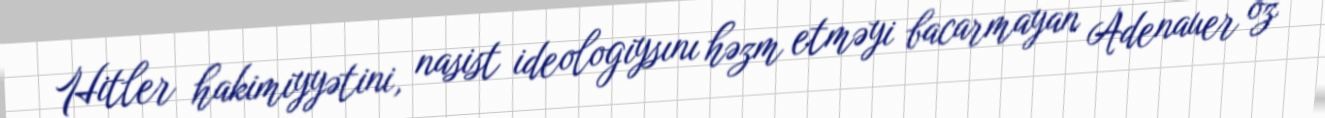
Hitler hakimiyyətini, nasist ideologiysını həzm etməyi bacarmayan Adenauer öz